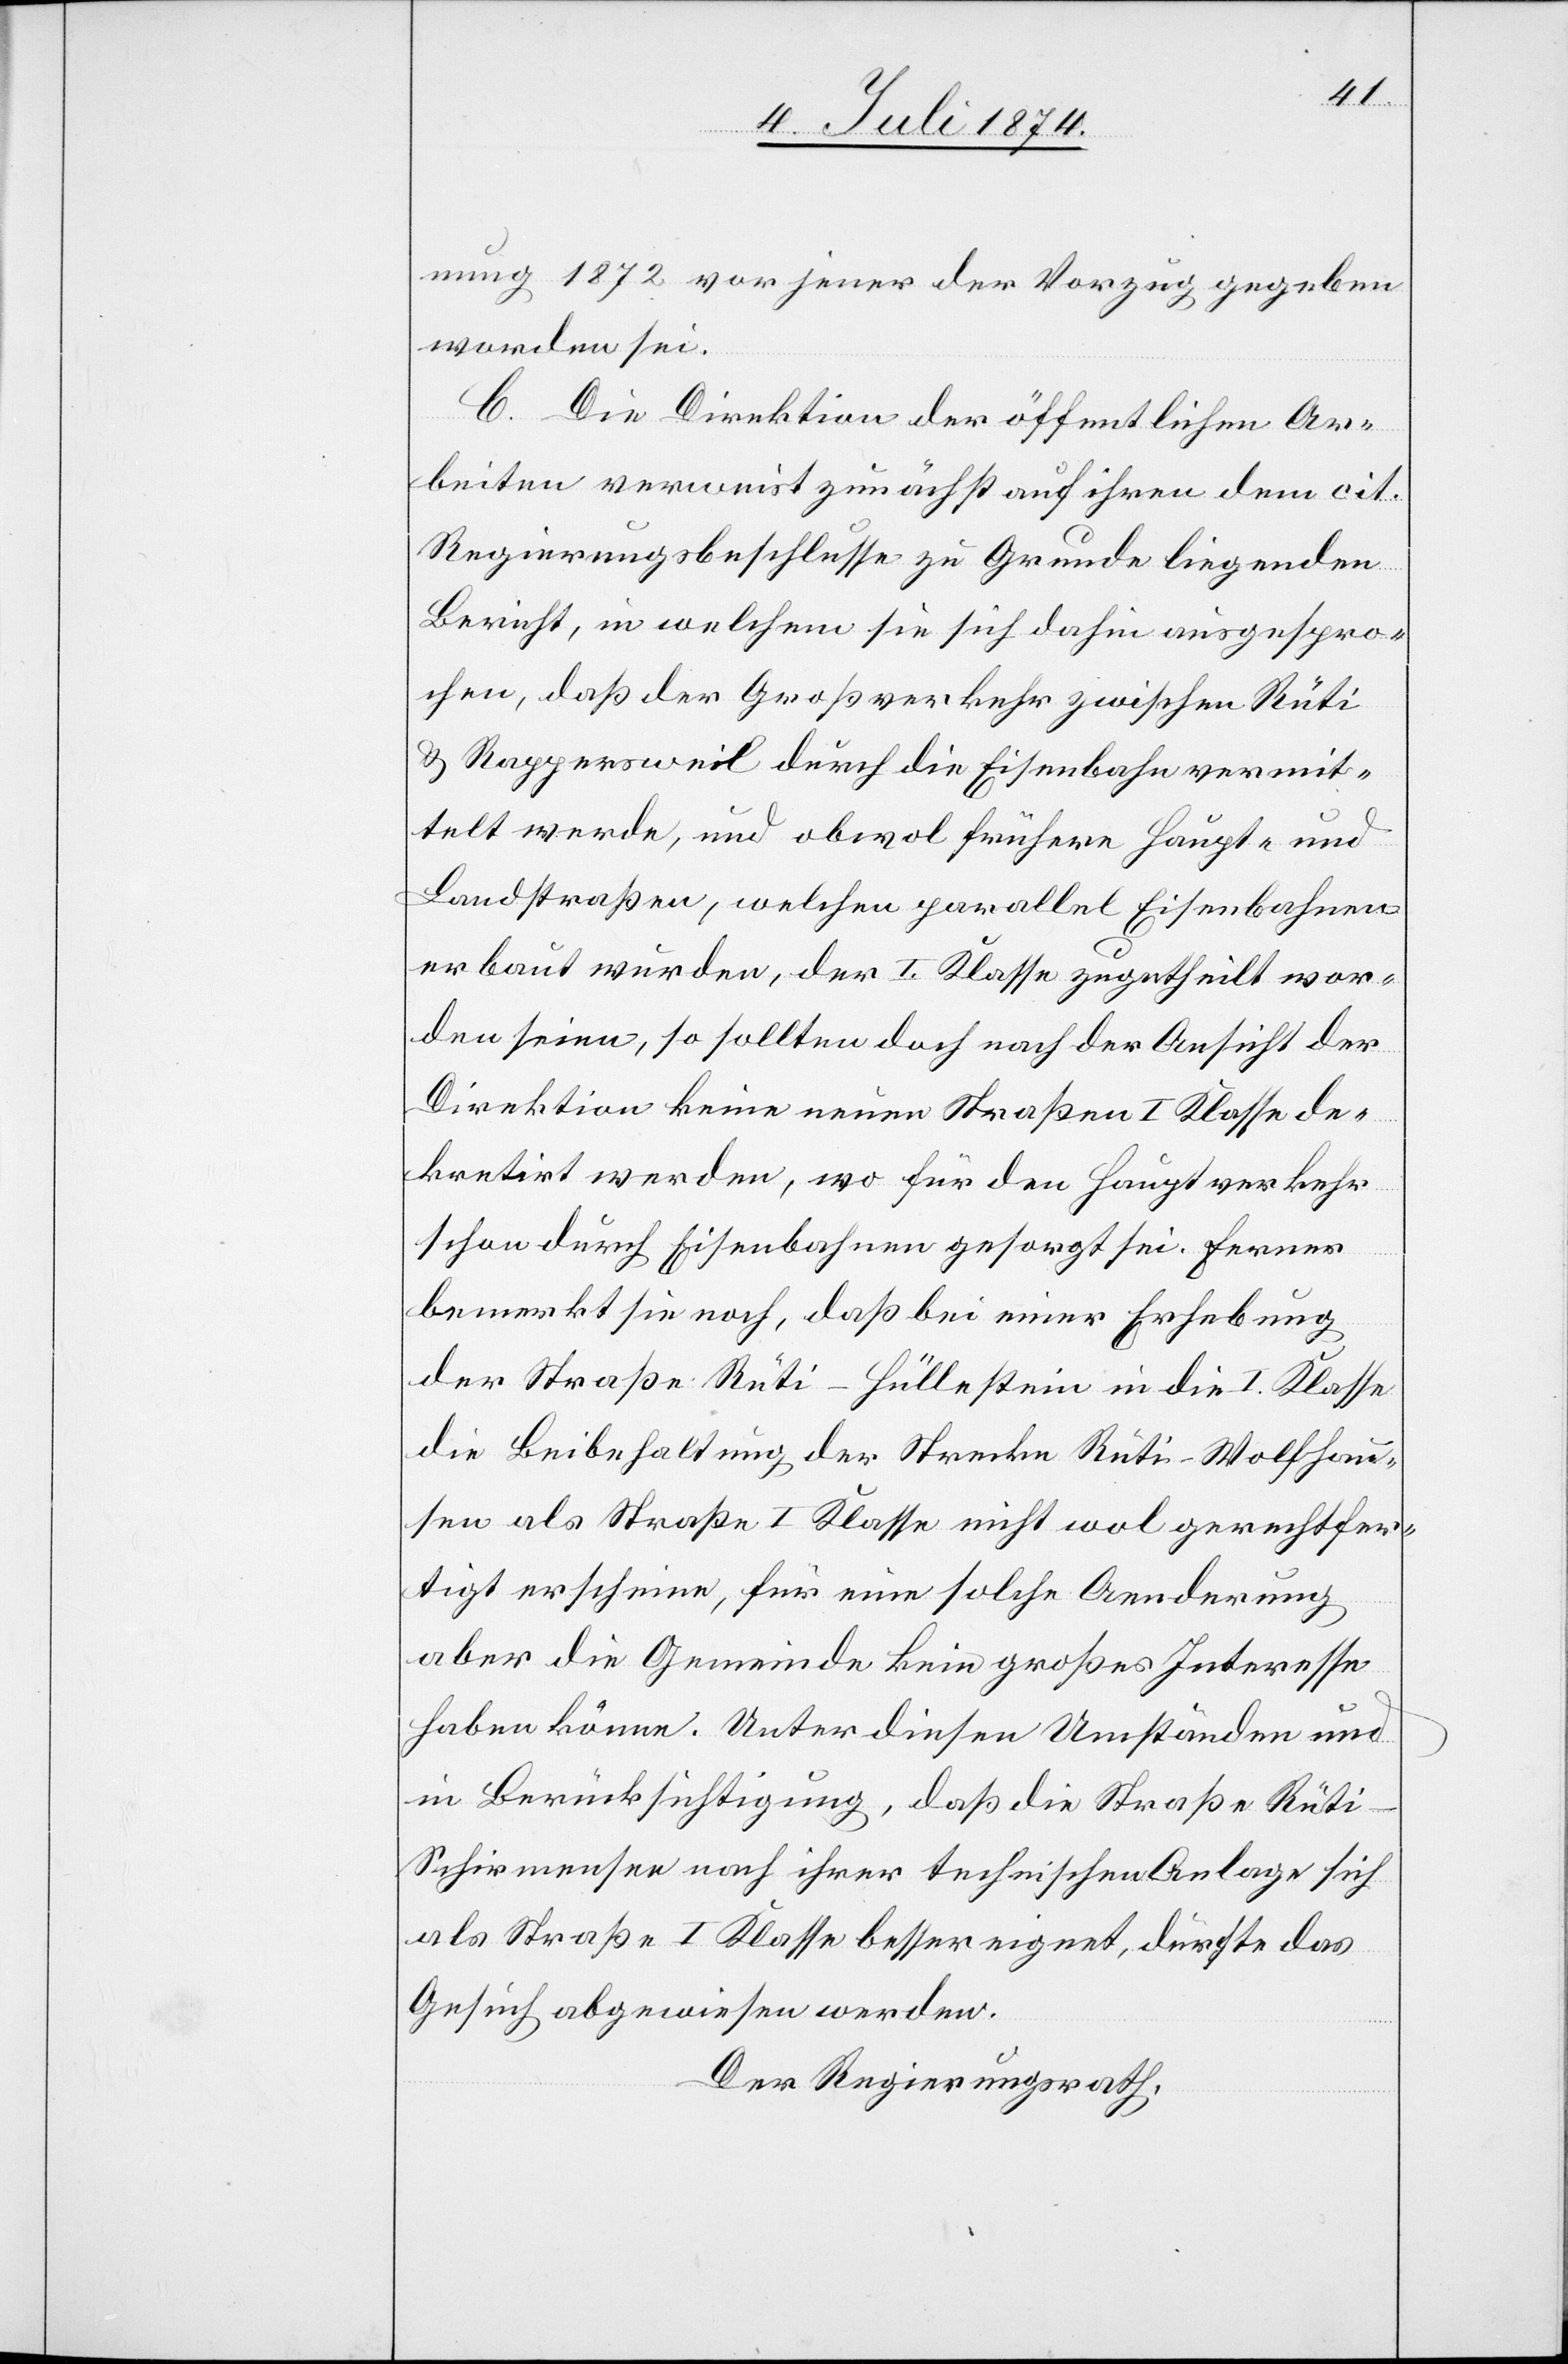
nung 1872 vor jener der Vorzug gegeben
worden sei.
C. Die Direktion der öffentlichen Ar¬
beiten verweist zunächst auf ihren dem cit.
Regierungsbeschlusse zu Grunde liegenden
Bericht, in welchem sie sich dahin ausgespro¬
chen, daß der Großverkehr zwischen Rüti
u. Rappersweil durch die Eisenbahn vermit¬
telt werde, und obwol frühere Haupt- und
Landstraßen, welchen parallel Eisenbahnen
erbaut wurden, der I. Klasse zugetheilt wor¬
den seien, so sollten doch nach der Ansicht der
Direktion keine neuen Straßen I. Klasse de¬
kretirt werden, wo für den Hauptverkehr
schon durch Eisenbahnen gesorgt sei. Ferner
bemerkt sie noch, daß bei einer Erhebung
der Straße Rüti–Hüllestein in die I. Klasse
die Beibehaltung der Strecke Rüti–Wolfhau¬
sen als Straße I. Klasse nicht wol gerechtfer¬
tigt erscheine, für eine solche Aenderung
aber die Gemeinde kein großes Interesse
haben könne. Unter diesen Umständen und
in Berücksichtigung, daß die Straße Rüt¬
i–Schirmensee nach ihrer technischen Anlage sich
als Straße I. Klasse besser eignet, dürfte das
Gesuch abgewiesen werden.
Der Regierungsrath,